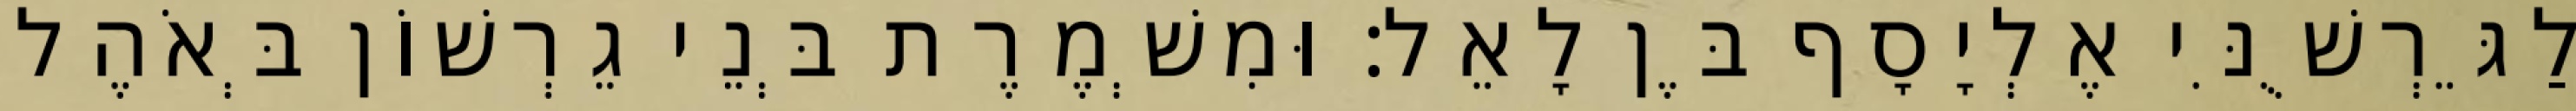
לַגֵּרְשֻׁנִּי אֶלְיָסָף בֶּן לָאֵל׃ וּמִשְׁמֶרֶת בְּנֵי גֵרְשׁוֹן בְּאֹהֶל